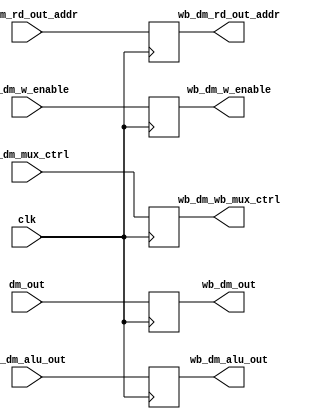
module DM_WB_SB(input [31:0] dm_out, ex_dm_alu_out,  
input  [4:0] ex_dm_rd_out_addr, 
input ex_dm_w_enable, ex_dm_mux_ctrl, clk, 
output reg [31:0] wb_dm_out, wb_dm_alu_out, 
output reg [4:0] wb_dm_rd_out_addr, 
output reg wb_dm_w_enable, wb_dm_wb_mux_ctrl);

always@(posedge clk)
    begin
        wb_dm_out = dm_out;
        wb_dm_alu_out = ex_dm_alu_out;
        wb_dm_rd_out_addr = ex_dm_rd_out_addr;
        wb_dm_w_enable = ex_dm_w_enable;
        wb_dm_wb_mux_ctrl = ex_dm_mux_ctrl;
    end
endmodule